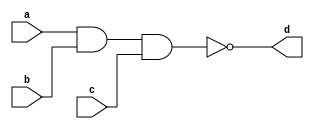
`timescale 1ns / 1ps
//////////////////////////////////////////////////////////////////////////////////
// Company: 
// Engineer: 
// 
// Design Name: 
// Module Name: three_input_nand_gate_a
// Project Name: 
// Target Devices: 
// Tool Versions: 
// Description: 
// 
// Dependencies: 
// 
// Revision:
// Revision 0.01 - File Created
// Additional Comments:
// 
//////////////////////////////////////////////////////////////////////////////////


module three_input_nand_gate_a(
    input a,
    input b,
    input c,
    output d
    );
    
assign d = ~(a & b & c);

endmodule